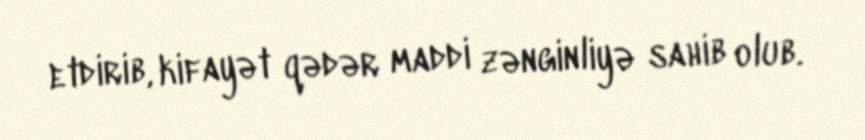
etdirib, kifayət qədər maddi zənginliyə sahib olub.